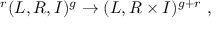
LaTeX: \ ^ { r } ( L , R , I ) ^ { g } \to ( L , R \times I ) ^ { g + r } \ ,